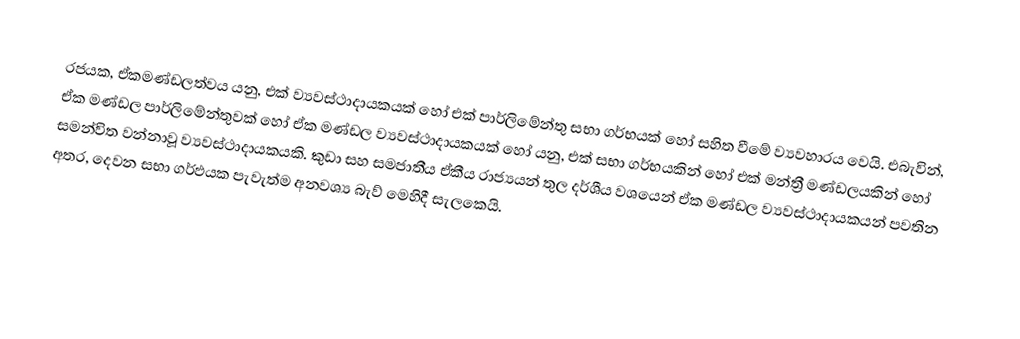
රජයක, ඒකමණ්ඩලත්වය යනු, එක් ව්‍යවස්ථාදායකයක් හෝ එක් පාර්ලිමේන්තු සභා ගර්භයක් හෝ සහිත වීමේ ව්‍යවහාරය වෙයි. එබැවින්, ඒක මණ්ඩල පාර්ලිමේන්තුවක් හෝ ඒක මණ්ඩල ව්‍යවස්ථාදායකයක් හෝ යනු,  එක් සභා ගර්භයකින් හෝ එක් මන්ත්‍රී මණ්ඩලයකින් හෝ සමන්විත වන්නාවූ ව්‍යවස්ථාදායකයකි. කුඩා සහ සමජාතීය ඒකීය රාජ්‍යයන් තුල දර්ශීය වශයෙන් ඒක මණ්ඩල ව්‍යවස්ථාදායකයන් පවතින අතර, දෙවන සභා ගර්ඵයක පැවැත්ම අනවශ්‍ය බැව් මෙහිදී සැලකෙයි.